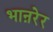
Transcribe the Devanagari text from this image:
भाऩरेर